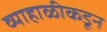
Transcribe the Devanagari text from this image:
व्याहाळीकडून